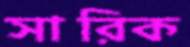
সারিক